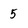
Character: 5